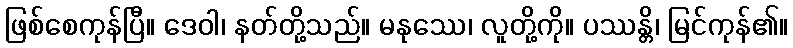
ဖြစ်စေကုန်ပြီ။ ဒေဝါ၊ နတ်တို့သည်။ မနုဿေ၊ လူတို့ကို။ ပဿန္တိ၊ မြင်ကုန်၏။